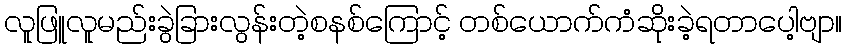
လူဖြူလူမည်းခွဲခြားလွန်းတဲ့စနစ်ကြောင့် တစ်ယောက်ကံဆိုးခဲ့ရတာပေါ့ဗျာ။